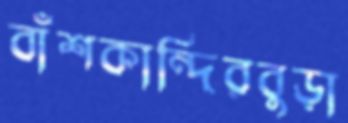
বাঁশকান্দিরবুড়া